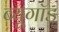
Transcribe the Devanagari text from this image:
ब्यूगॉड